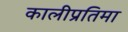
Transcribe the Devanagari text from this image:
कालीप्रतिमा